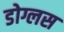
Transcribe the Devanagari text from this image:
डोग्लस